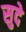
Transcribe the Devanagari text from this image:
सुदे